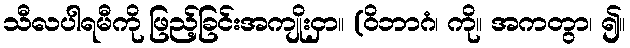
သီလပါရမီကို ဖြည့်ခြင်းအကျိုးငှာ။ (ဝိဘာဂံ၊ ကို။ အကတွာ၊ ၍။